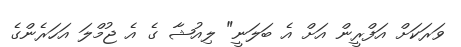
ވަރަކަށް އަފްރީން އަށް އެ ބަލަނީ" ލިއުޝާ ގެ އެ ޖުމްލަ އަހަރެންގެ